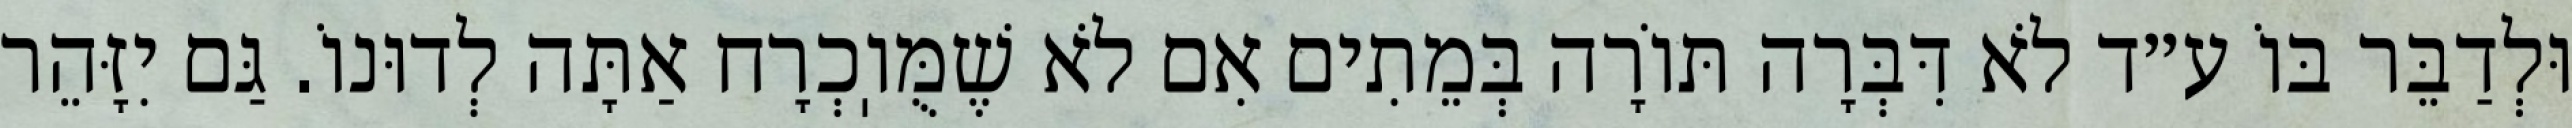
וּלְדַבֵּר בּוֹ ע״ד לֹא דִּבְּרָה תּוֹרָה בְּמֵתִים אִם לֹא שֶׁמֻּוֽכְרָח אַתָּה לְדוּנוֹ. גַּם יִזָּהֵר